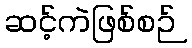
ဆင့်ကဲဖြစ်စဉ်